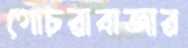
গোচরাবাজার